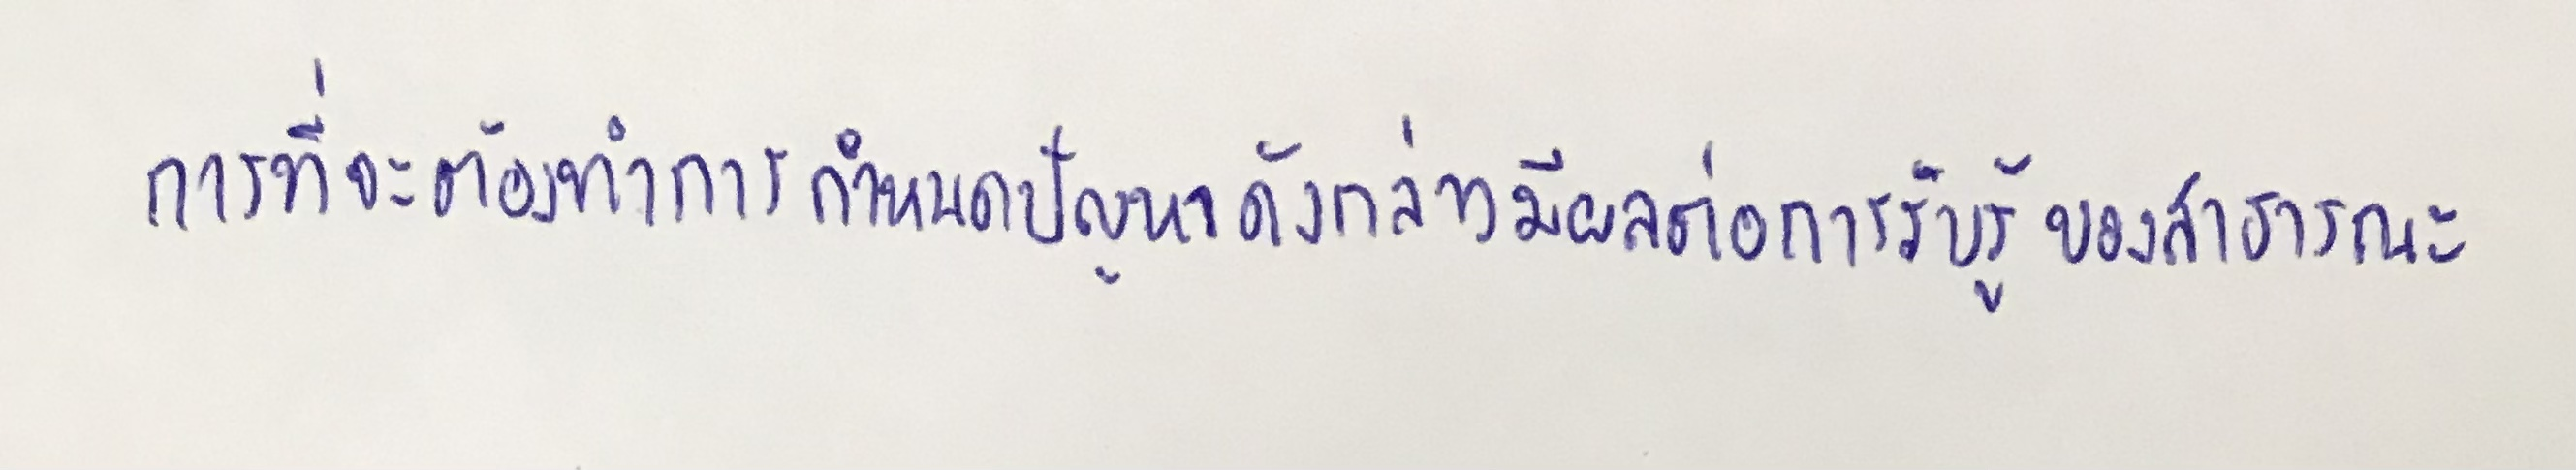
การที่จะต้องทำการกำหนดปัญหาดังกล่าวมีผลต่อการรับรู้ของสาธารณะ